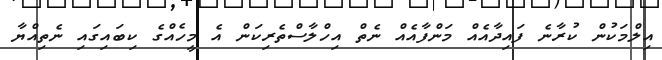
އިލްމަކުން ކުރާނެ ފައިދާއެއް މަންފާއެއް ނެތް އިހްލާސްތެރިކަން އެ މީހެއްގެ ކިބައިގައި ނެތިއްޔާ